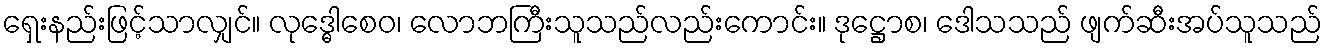
ရှေးနည်းဖြင့်သာလျှင်။ လုဒ္ဓေါစေဝ၊ လောဘကြီးသူသည်လည်းကောင်း။ ဒုဋ္ဌောစ၊ ဒေါသသည် ဖျက်ဆီးအပ်သူသည်